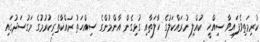
ކުރިމަތިވެފައިވާ ސިއްހީ ކުއްލި ނުރައްކަލުގެ ހާލަތާއި ގުޅިގެން އާންމުންގެ ސިއްހަތު ރައްކާތެރިކުރުމުގެ މަގުސަދުގައި